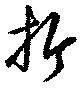
折